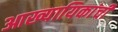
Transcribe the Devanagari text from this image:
आख्यायिकांची